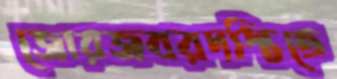
জোরজবরদস্তিতে